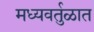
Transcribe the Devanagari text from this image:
मध्यवर्तुळात